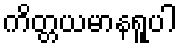
ကိတ္တယမာနရူပါ